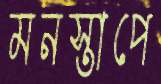
মনস্তাপে